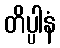
တိပ္ပါနံ